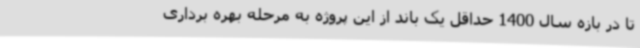
تا در بازه سال 1400 حداقل یک باند از این پروژه به مرحله بهره برداری